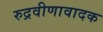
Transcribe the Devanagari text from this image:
रुद्रवीणावादक